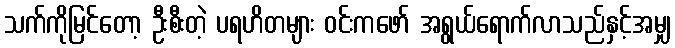
သက်ကိုမြင်တော့ ဦးစီးတဲ့ ပရဟိတများ ဝင်းကဖော် အရွယ်ရောက်လာသည်နှင့်အမျှ